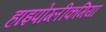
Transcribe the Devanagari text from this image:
हाइपोग्लीकमिया